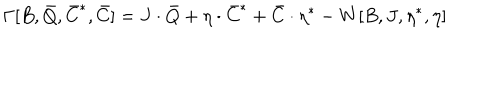
\Gamma [ B , \bar { Q } , \bar { C } ^ { \ast } , \bar { C } ] = J \cdot \bar { Q } + \eta \cdot \bar { C } ^ { \ast } + \bar { C } \cdot \eta ^ { \ast } - W [ B , J , \eta ^ { \ast } , \eta ]